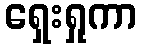
ရှေးရှုကာ